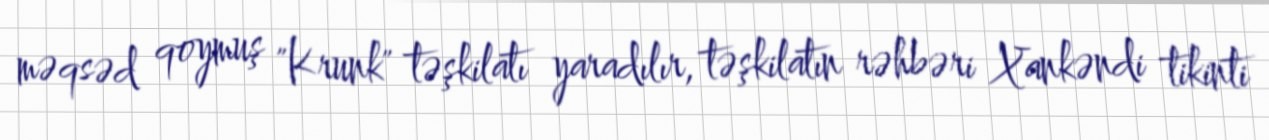
məqsəd qoymuş "Krunk" təşkilatı yaradılır, təşkilatın rəhbəri Xankəndi tikinti